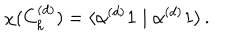
LaTeX: \chi ( C _ { h } ^ { ( d ) } ) = \langle \alpha ^ { ( d ) } \mathbf { 1 } \mid \alpha ^ { ( d ) } \mathbf { 1 } \rangle \, .